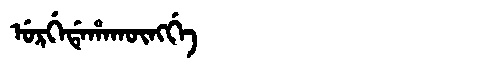
Manchu: ᡠᡵᡤᡝᡩᡝᡥᠠᡴᡡᠩᡤᡝ
Romanization: URGEDEHAKŪNGGE